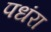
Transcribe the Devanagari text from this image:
पधंरा